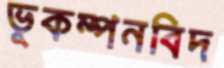
ভূকম্পনবিদ